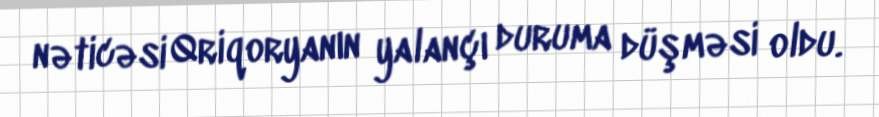
nəticəsi Qriqoryanın yalançı duruma düşməsi oldu.